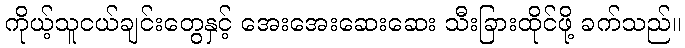
ကိုယ့်သူငယ်ချင်းတွေနှင့် အေးအေးဆေးဆေး သီးခြားထိုင်ဖို့ ခက်သည်။